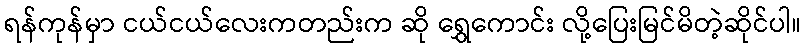
ရန်ကုန်မှာ ငယ်ငယ်လေးကတည်းက ဆို ရွှေကောင်း လို့ပြေးမြင်မိတဲ့ဆိုင်ပါ။